Report on horse surra - Volume I
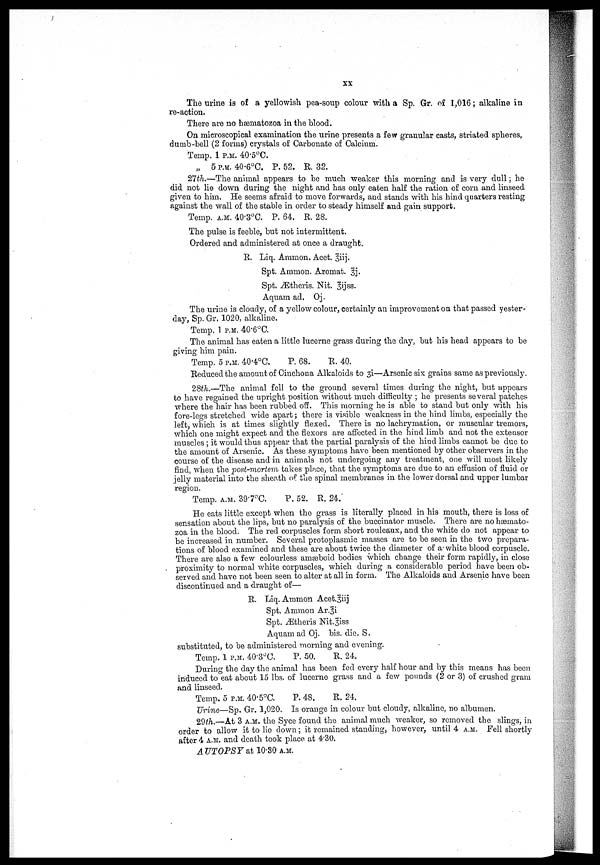
XX
The urine is of a yellowish pea-soup colour with a Sp. Gr. of 1,016; alkaline in
re-action.
There are no hæmatozoa in the blood.
On microscopical examination the urine presents a few granular casts, striated spheres,
dumb-bell (2 forms) crystals of Carbonate of Calcium.
Temp. 1 P.M. 40.5°C.
„ 5 P.M. 40.6°C. P. 52. R. 32.
27th.―The animal appears to be much weaker this morning and is very dull ; he
did not lie down during the night and has only eaten half the ration of corn and linseed
given to him. He seems afraid to move forwards, and stands with his hind quarters resting
against the wall of the stable in order to steady himself and gain support.
Temp. A.M. 40.3°C. P. 64. R. 28.
The pulse is feeble, but not intermittent.
Ordered and administered at once a draught.
R. Liq. Ammon. Acet. 3iij.
Spt. Ammon. Aromat. 3j.
Spt. Ætheris. Nit. 3ijss.
Aquam ad. Oj.
The urine is cloudy, of a yellow colour, certainly an improvement on that passed yester-
day, Sp. Gr. 1020, alkaline.
Temp. 1 P.M. 40.6°C.
The animal has eaten a little lucerne grass during the day, but his head appears to be
giving him pain.
Temp. 5 P.M. 40.4°C.
P. 68.
R. 40.
Reduced the amount of Cinchona Alkaloids to 3i—Arsenic six grains same as previously.
28th.—The animal fell to the ground several times during the night, but appears
to have regained the upright position without much difficulty ; he presents several patches
where the hair has been rubbed off. This morning he is able to stand but only with his
fore-legs stretched wide apart; there is visible weakness in the hind limbs, especially the
left, which is at times slightly flexed. There is no lachrymation, or muscular tremors,
which one might expect and the flexors are affected in the hind limb and not the extensor
muscles ; it would thus appear that the partial paralysis of the hind limbs cannot be due to
the amount of Arsenic. As these symptoms have been mentioned by other observers in the
course of the disease and in animals not undergoing any treatment, one will most likely
find, when the post-mortem takes place, that the symptoms are due to an effusion of fluid or
jelly material into the sheath of the spinal membranes in the lower dorsal and upper lumbar
region.
Temp. A.M. 39.7°C.
P. 52. R. 24.
He eats little except when the grass is literally placed in his mouth, there is loss of
sensation about the lips, but no paralysis of the buccinator muscle. There are no hæmato-
zoa in the blood. The red corpuscles form short rouleaux, and the white do not appear to
be increased in number. Several protoplasmic masses are to be seen in the two prepara-
tions of blood examined and these are about twice the diameter of a white blood corpuscle.
There are also a few colourless amæboid bodies which change their form rapidly, in close
proximity to normal white corpuscles, which during a considerable period have been ob-
served and have not been seen to alter at all in form. The Alkaloids and Arsenic have been
discontinued and a draught of—
R. Liq. Ammon Acet.3iij
Spt. Ammon Ar.3i
Spt. Ætheris Nit.3iss
Aquam ad Oj. bis. die. S.
substituted, to be administered morning and evening.
Temp. 1 P.M. 40.3°C.
P. 50.
R. 24.
During the day the animal has been fed every half hour and by this means has been
induced to eat about 15 lbs. of lucerne grass and a few pounds (2 or 3) of crushed gram
and linseed.
Temp. 5 P.M. 40.5°C.
P. 48.
R. 24.
Urine—Sp. Gr. 1,020. Is orange in colour but cloudy, alkaline, no albumen.
29th.—At 3 A.M. the Syce found the animal much weaker, so removed the slings, in
order to allow it to lie down ; it remained standing, however, until 4 A.M. Fell shortly
after 4 A.M. and death took place at 4.30.
AUTOPSY at l0.30 A.M.